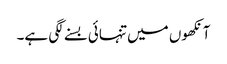
آنکھوں میں تنہائی بسنے لگی ہے۔